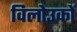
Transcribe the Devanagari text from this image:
विलोउकों